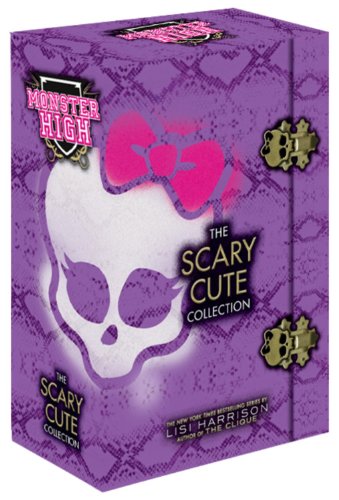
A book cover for Monster High: The Scary Cute Collection; Lisi Harrison; Teen & Young Adult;